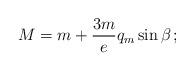
LaTeX: \begin{align*}M = m + \frac{3m}{e} q_m \sin \beta \, ;\end{align*}